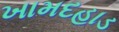
ખામદહાડ